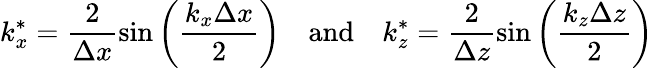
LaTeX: k_{x}^{*}=\frac{2}{\Delta x}\mathrm{sin}\left(\frac{k_{x}\Delta x}{2}\right)\quad\mathrm{and}\quad k_{z}^{*}=\frac{2}{\Delta z}\mathrm{sin}\left(\frac{k_{z}\Delta z}{2}\right)